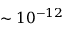
\sim 1 0 ^ { - 1 2 }